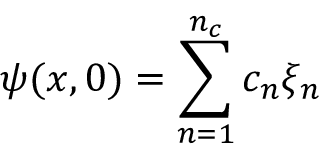
\psi ( x , 0 ) = \sum _ { n = 1 } ^ { n _ { c } } c _ { n } \xi _ { n }